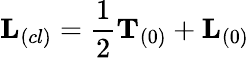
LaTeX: {\mathbf L}_{(cl)}=\frac{1}{2}{\mathbf T}_{(0)}+{\mathbf L}_{(0)}